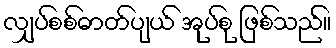
လျှပ်စစ်ဓာတ်ပျယ် အုပ်စု ဖြစ်သည်။